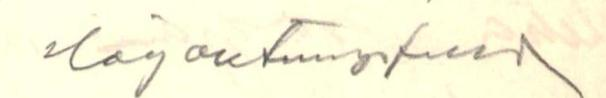
Högaktningsfult